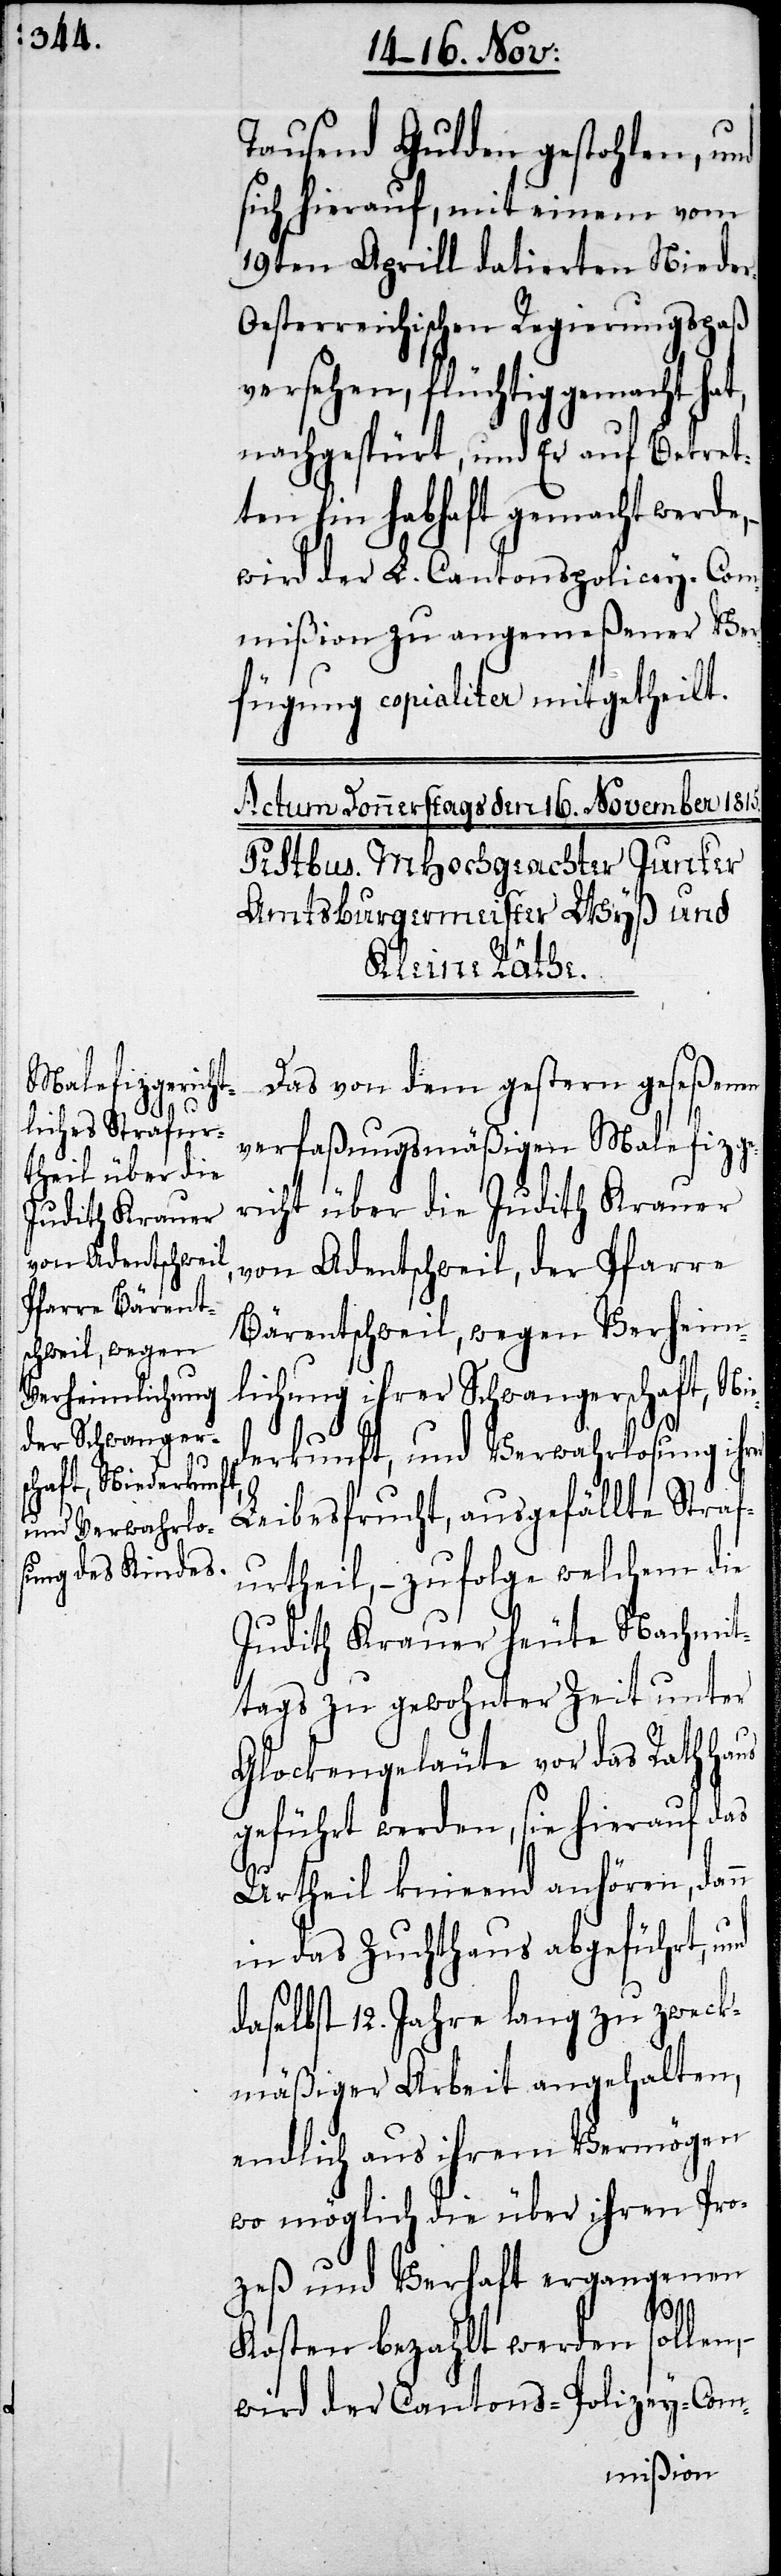
von Adentschweil,

Tausend Gulden gestohlen, und
sich hierauf, mit einem vom
19ten Aprill datierten Niede¬
esterreichischen Regierungspaß
versehen, flüchtig gemacht hat,
nachgespürt, und Er auf Betret¬
ten hin habhaft gemacht werde,
wird der L. Cantonspolicey-Com¬
mißion zu angemeßener Ver¬
fügung copialiter mitgetheilt.
Das von dem gestern geseßenen
verfaßungsmäßigen Malefizge¬
richt über die Judith Kramer
Bärentschweil, wegen Verheim¬
lichung ihrer Schwangerschaft, Nie¬
derkunft, und Verwahrlosung ihrer
Leibesfrucht, ausgefällte Straf¬
urtheil, – zufolge welchem die
Judith Kramer heute Nachmit¬
tag zu gewohnter Zeit unter
Glockengeläute vor das Rathhaus
geführt werden, sie hierauf das
Urtheil knieend anhören, dann
in das Zuchthaus abgeführt, und
daselbst 12. Jahre lang zu zweck¬
mäßiger Arbeit angehalten,
endlich aus ihrem Vermögen
wo möglich die über ihren Pro¬
zeß und Verhaft ergangenen
r-O¬
Kosten bezahlt werden sollen,
wird der Cantons-Polizey-Com-